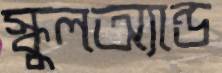
স্কুলঅ্যান্ড